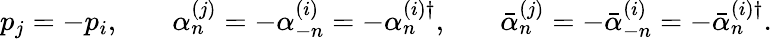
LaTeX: \begin{array}{ccccc}{{p_{j}=-p_{i},}}&{{}}&{{\alpha_{n}^{(j)}=-\alpha_{-n}^{(i)}=-\alpha_{n}^{(i)\dagger},}}&{{}}&{{\bar{\alpha}_{n}^{(j)}=-\bar{\alpha}_{-n}^{(i)}=-\bar{\alpha}_{n}^{(i)\dagger}.}}\end{array}